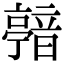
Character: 𩐴